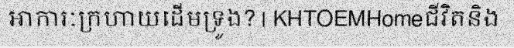
អាការៈក្រហាយដើមទ្រូង? | KHTOEMHomeជីវិតនិង